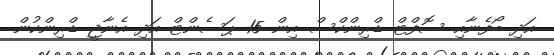
އަދި ބޯފެނާއި ސޮފްޓް ޑްރިންކްސް އިން 15 ޕަސެންޓް އަދި އެނާޖީ ޑްރިންކުން